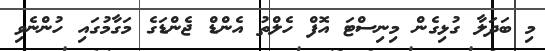
މި ބަދަލާ ގުޅިގެން މިނިސްޓަ އޮފް ހެލްތު އެންޑް ޖެންޑަގެ މަގާމުގައި ހުންނެވި